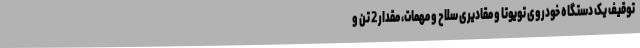
توقیف یک دستگاه خودروی تویوتا و مقادیری سلاح و مهمات، مقدار 2 تن و